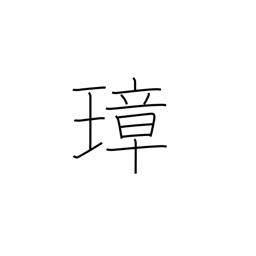
Meaning: ceremonial jeweled implement